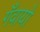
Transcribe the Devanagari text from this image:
गँवायो